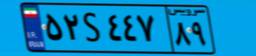
۵۲S۴۴۷۸۹